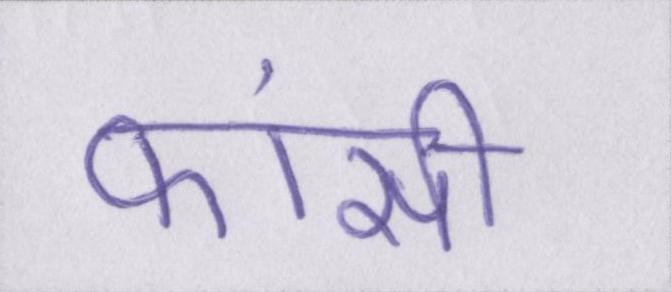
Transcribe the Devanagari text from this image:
फांसी